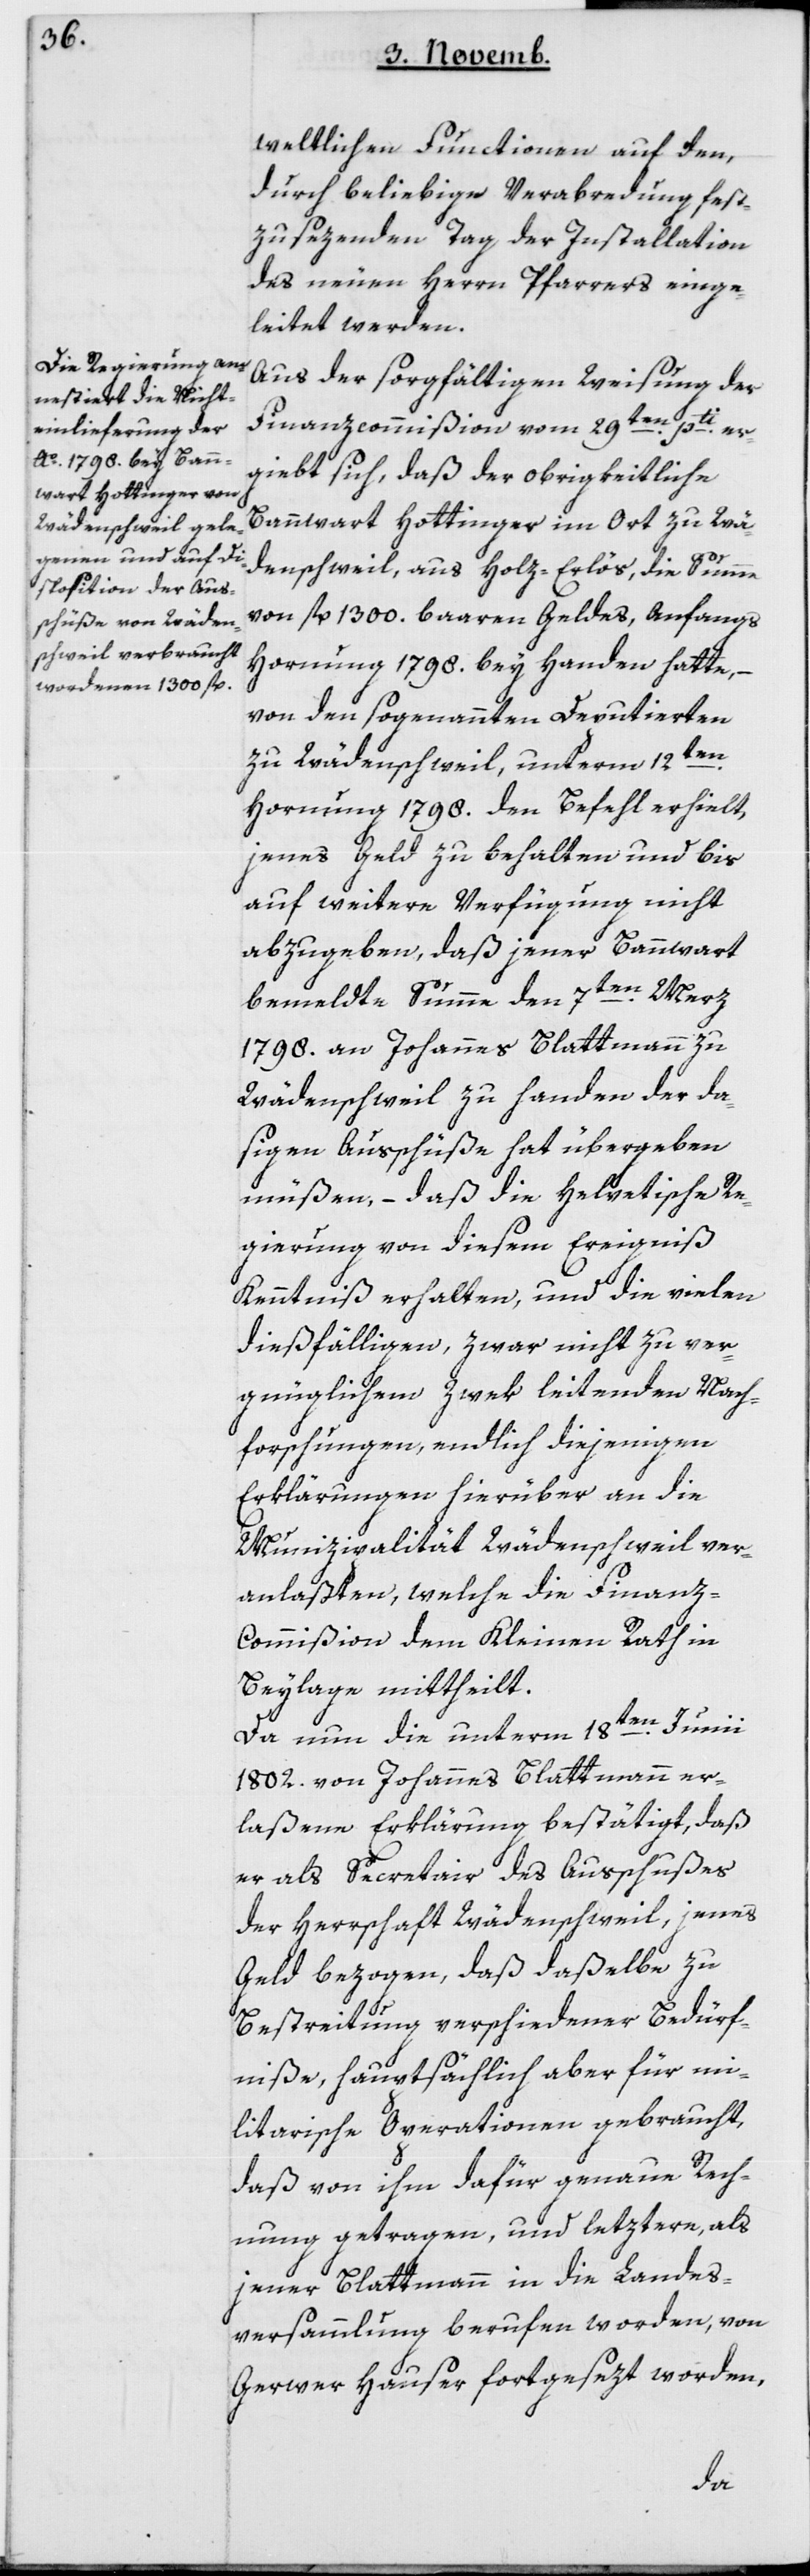
weltlichen Functionen auf den,
durch beliebige Verabredung fest¬
zusezenden Tag der Installation
des neuen Herrn Pfarrers einge¬
leitet werden.
Aus der sorgfältigen Weisung der
Finanzcommißionvom 29ten pti er¬
giebt sich, daß der obrigkeitliche
Bannwart Hottinger im Ort zu Wä¬
denschweil, aus Holz-Erlös, die Summe
von fl. 1300 baren Geldes, anfangs
Hornung 1798 bey Handen hatte,
von den sogenannten Deputierten
zu Wädenschweil, unterm 12ten
Hornung 1798 den Befehl erhielt,
jenes Geld zu behalten und bis
auf weitere Verfügung nicht
abzugeben, daß jener Bannwart
bemeldte Summe den 7ten März
1798 an Johannes Blattmann zu
Wädenschweil zu Handen der da¬
sigen Ausschüße hat übergeben
müßen, – daß die helvetische Re¬
gierung von diesem Ereigniß
Kenntniß erhalten, und die vielen
diesfälligen, zwar nicht zu ver¬
gnüglichem Zwek leitenden Nach¬
forschungen, endlich diejenigen
Erklärungen hierüber an die
Munizipalität Wädenschweil ver¬
anlaßten, welche die Finan¬
z-Commißion dem Kleinen Rath in
Beylage mittheilt.
Da nun die unterm 18ten Junii
1802 von Johannes Blattmann er¬
laßene Erklärung bestätigt, daß
er als Secretair des Ausschußes
der Herrschaft Wädenschweil, jenes
Geld bezogen, daß daselbe zu
Bestreitung verschiedener Bedürf¬
niße, hauptsächlich aber für mi¬
litairische Operationen gebraucht,
daß von ihm dafür genaue Rech¬
nung getragen und letztere, als
jener Blattmann in die Landes¬
versammlung berufen worden, von
Gerwer Hauser fortgesezt worden